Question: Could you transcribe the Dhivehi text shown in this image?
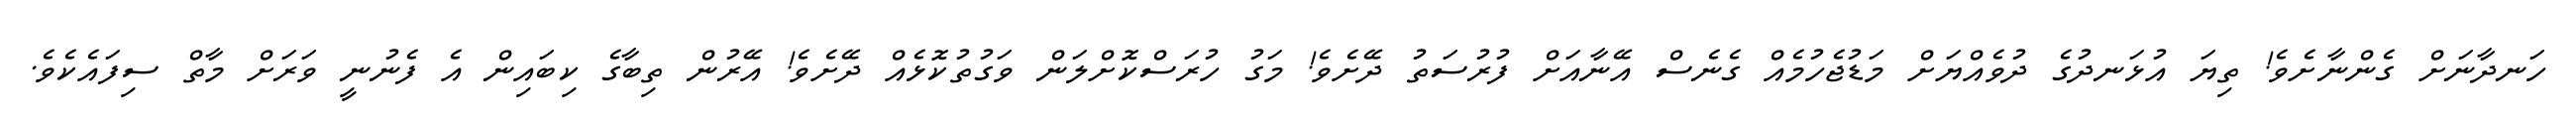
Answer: ހަނދާނަށް ގެންނާށެވެ! ތިޔަ އުޅަނދުގެ ދުވެއްޔަށް މަޑުޖެހުމެއް ގެނެސް އޭނާއަށް ފުރުސަތު ދޭށެވެ! މަގު ހުރަސްކޮށްލަން ވަގުތުކޮޅެއް ދޭށެވެ! އޭރުން ތިބާގެ ކިބައިން އެ ފެނުނީ ވަރަށް މާތް ސިފައެކެވެ.